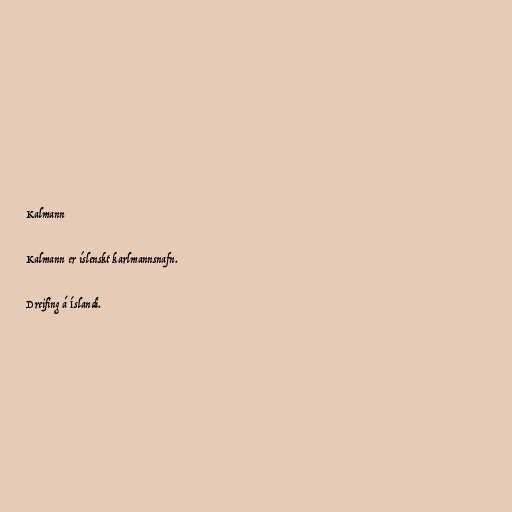
Kalmann

Kalmann er íslenskt karlmannsnafn.

Dreifing á Íslandi.